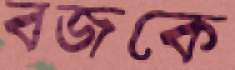
বজকে